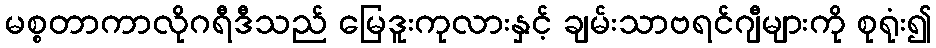
မစ္စတာကာလိုဂရီဒီသည် မြေဒူးကုလားနှင့် ချမ်းသာဗရင်ဂျီများကို စုရုံး၍